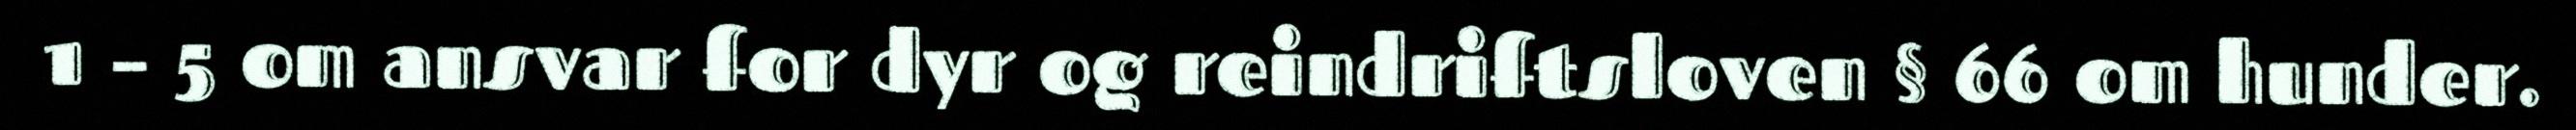
1 – 5 om ansvar for dyr og reindriftsloven § 66 om hunder.